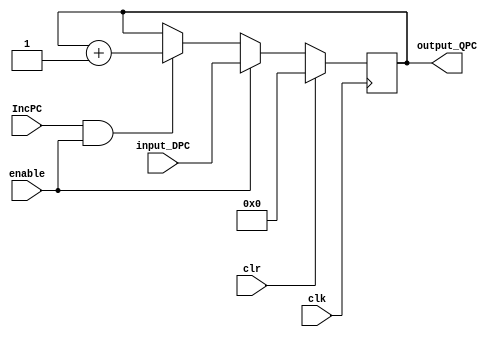
//A PC register

module register_PC(

	input						clk, clr, enable, IncPC,
	input			[31:0]	input_DPC,
	output reg	[31:0]	output_QPC
);

always @ (posedge clk) begin

if (clr) begin
	output_QPC <= 32'h00000000;
end
else if (enable) begin
	output_QPC <= input_DPC;
end
else if(IncPC && enable) begin
	output_QPC <= output_QPC + 1;
end
end
endmodule